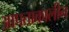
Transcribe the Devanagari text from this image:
आपताकालीन